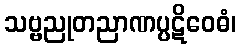
သဗ္ဗညုတညာဏပ္ပဋိဝေဓံ၊